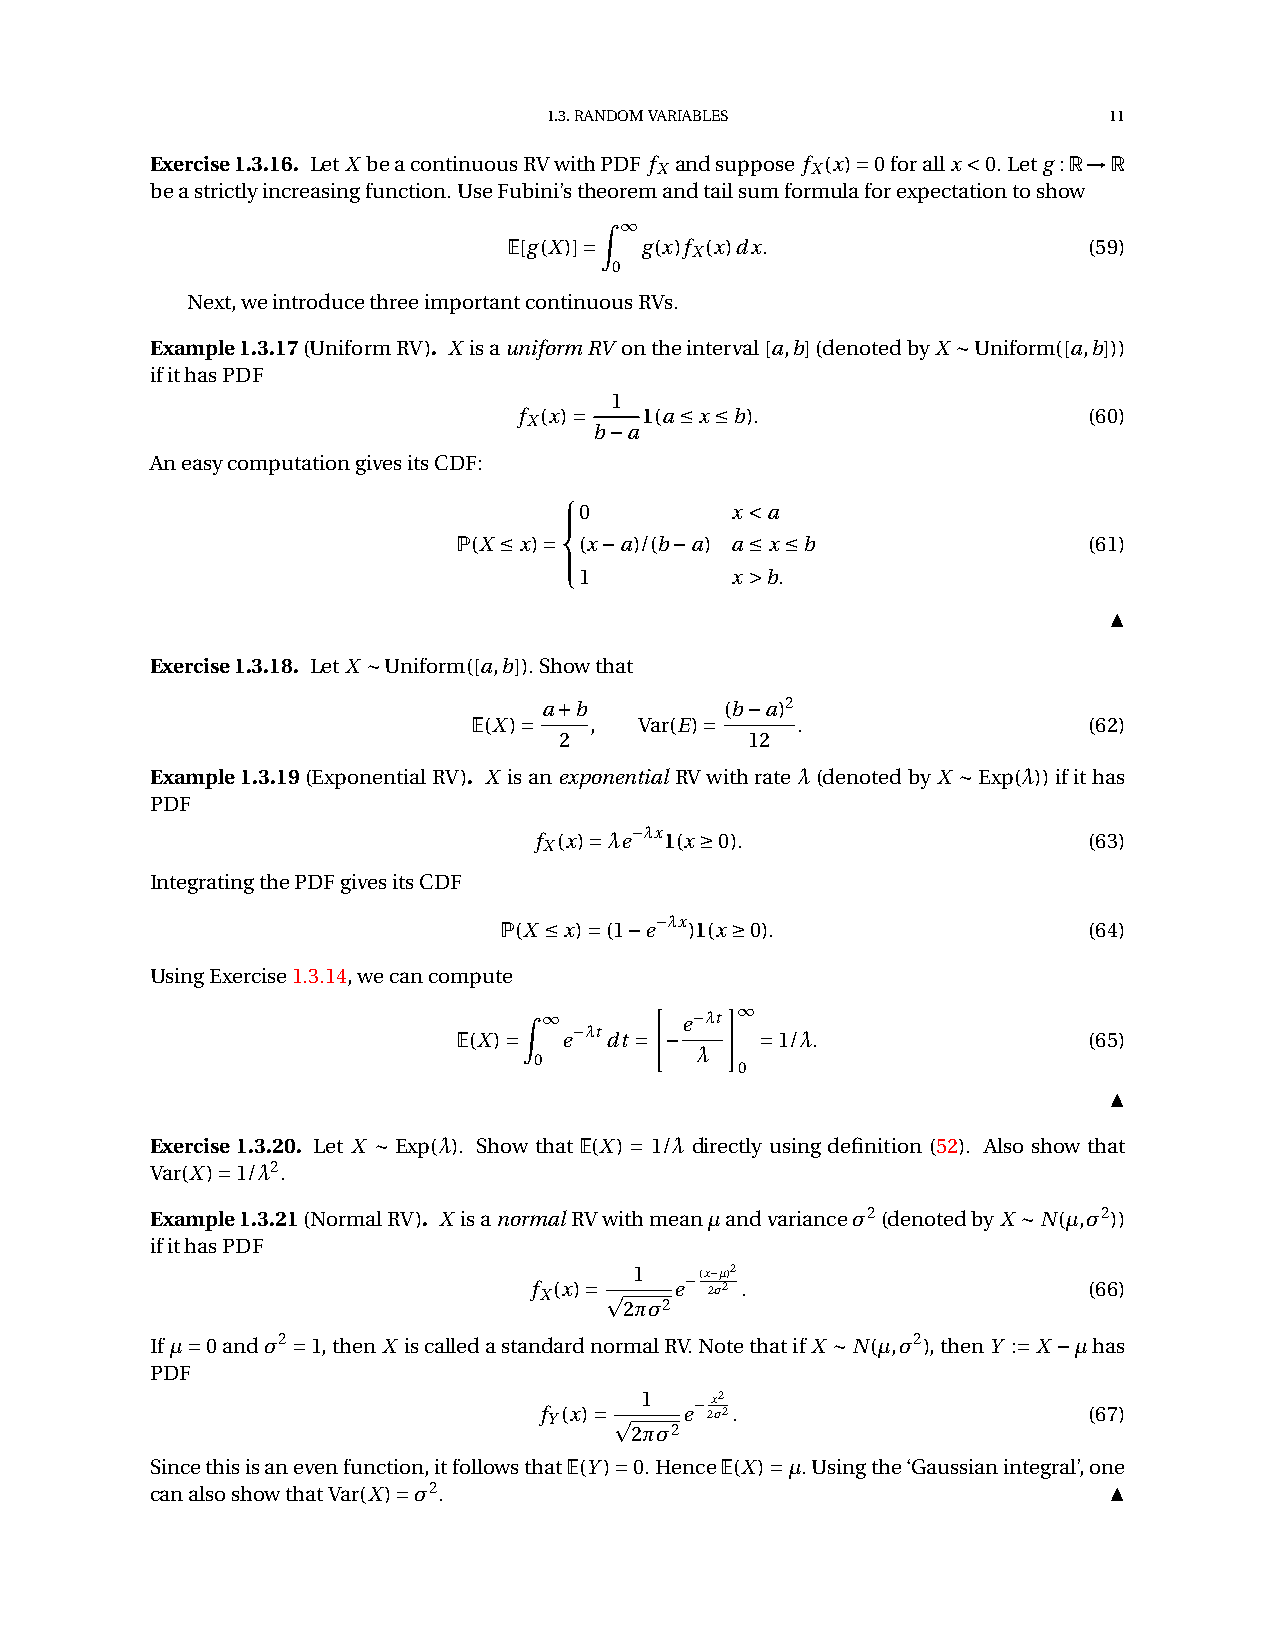
1.3.RANDOMVARIABLES                  11
 Exercise1.3.16. LetX beacontinuousRVwithPDF f andsuppose f (x)˘0forallx˙0.Letg :R!R
 X          X
 beastrictlyincreasingfunction.UseFubini’stheoremandtailsumformulaforexpectationtoshow
 Z
 1
 E[g(X)]˘ g(x)f (x)dx.                 (59)
 X
 0
 Next,weintroducethreeimportantcontinuousRVs.
 Example1.3.17(UniformRV). X isauniformRV ontheinterval[a,b](denotedbyX »Uniform([a,b]))
 ifithasPDF
 1
 f (x)˘   1(a•x•b).                    (60)
 X   b¡a
 AneasycomputationgivesitsCDF:
 8
 > <0       x˙a
 P(X •x)˘ (x¡a)/(b¡a) a•x•b                (61)
 >
 :
 1         x¨b.
 ▲
 Exercise1.3.18. LetX »Uniform([a,b]).Showthat
 a¯b         (b¡a)2
 E(X)˘   ,  Var(E)˘    .                  (62)
 2            12
 Example1.3.19(ExponentialRV). X isanexponential RVwithrateλ(denotedby X »Exp(λ))ifithas
 PDF
 f
 (x)˘λe¡λx1(x‚0).
 (63)
 X
 IntegratingthePDFgivesitsCDF
 P(X •x)˘(1¡e¡λx)1(x‚0).                (64)
 UsingExercise1.3.14,wecancompute
 "    #
 Z             1
 E(X)˘
 1
 e¡λtdt˘
 ¡e¡λt
 ˘1/λ.                 (65)
 λ
 0
 0
 ▲
 Exercise 1.3.20. Let X »Exp(λ). Show that E(X)˘1/λ directly using definition (52). Also show that
 Var(X)˘1/λ2.
 Example1.3.21(NormalRV). X isanormalRVwithmeanµandvarianceσ2(denotedbyX »N(µ,σ2))
 ifithasPDF
 f X(x)˘ p
 1  e¡(x 2¡ σµ 2)2
 .                      (66)
 2πσ2
 Ifµ˘0andσ2˘1,thenX iscalledastandardnormalRV.NotethatifX »N(µ,σ2),thenY :˘X¡µhas
 PDF
 f Y(x)˘ p 1 e¡ 2x σ2 2.             (67)
 2πσ2
 Sincethisisanevenfunction,itfollowsthatE(Y)˘0.HenceE(X)˘µ.Usingthe‘Gaussianintegral’,one
 canalsoshowthatVar(X)˘σ2.                                      ▲